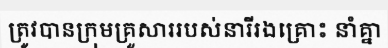
ត្រូវបានក្រុមគ្រួសាររបស់នារីរងគ្រោះ នាំគ្នា